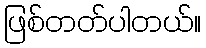
ဖြစ်တတ်ပါတယ်။